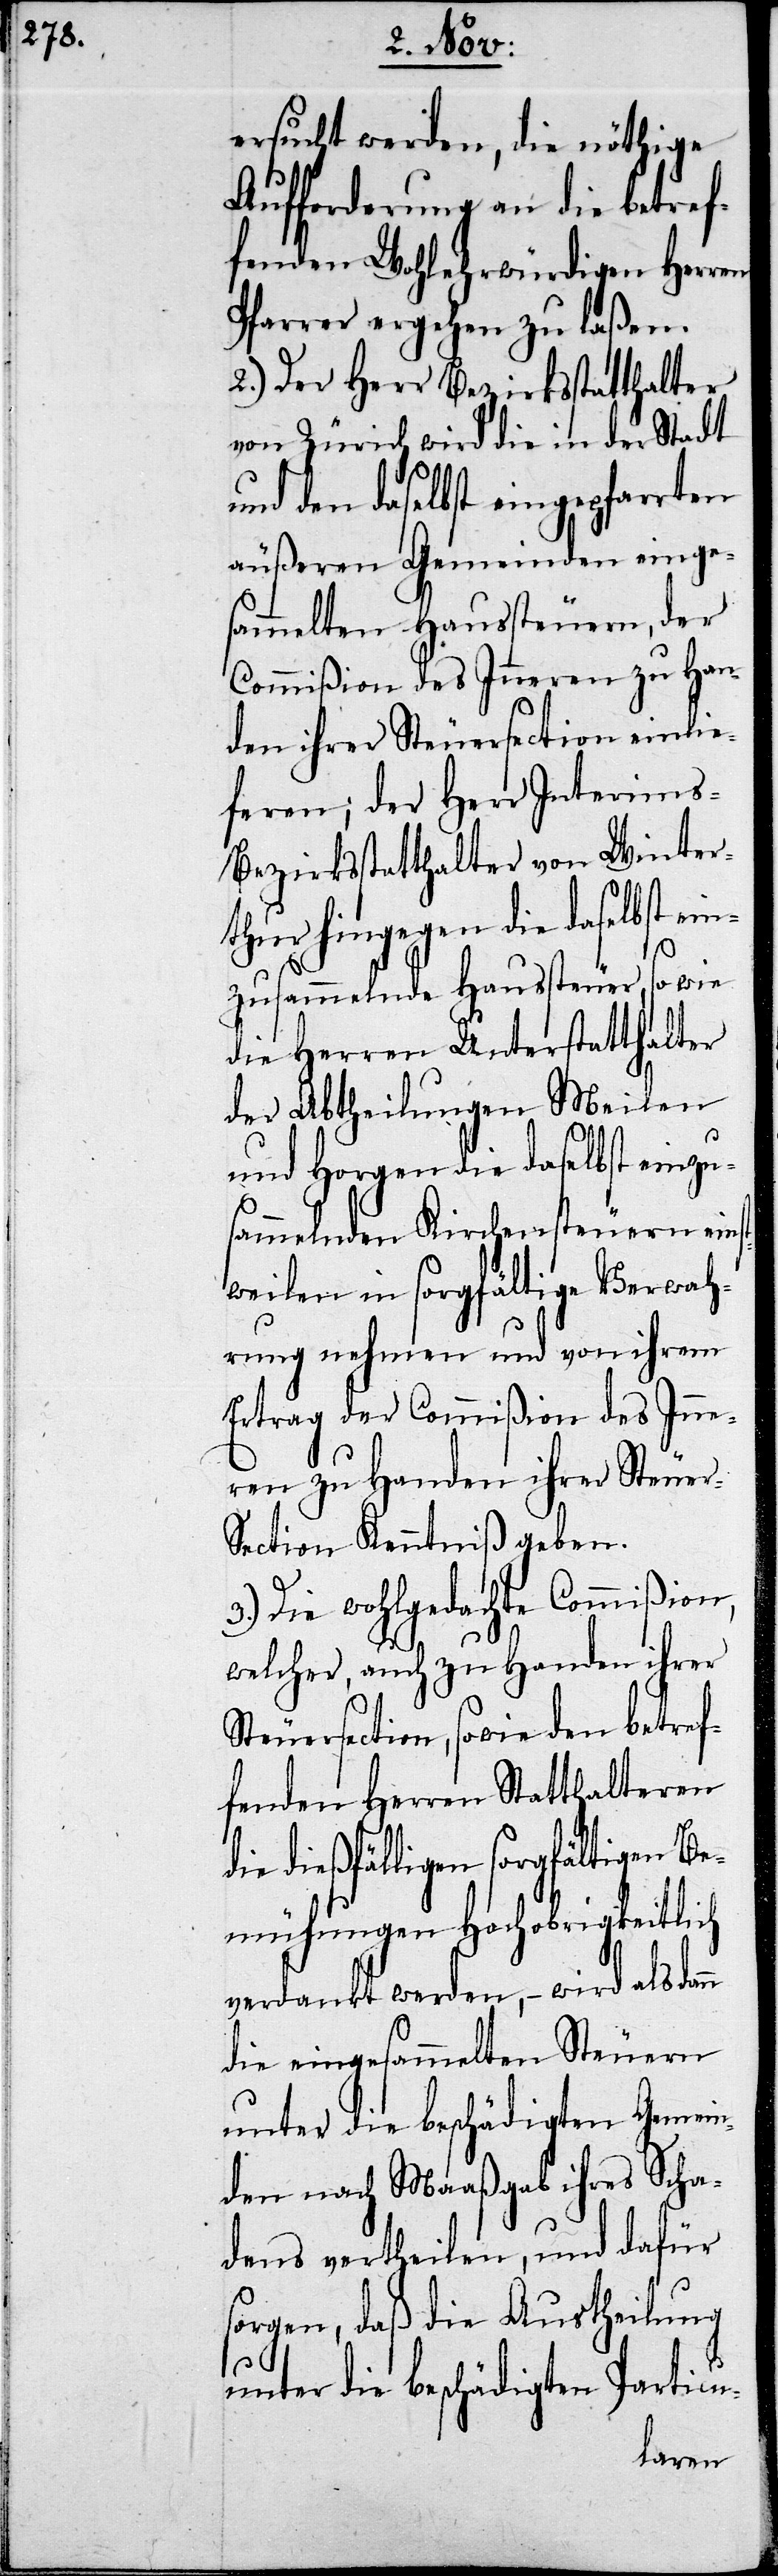
ersucht werden, die nöth¬
Aufforderung an die betre¬
fenden Wohlehrwürdigen
Pfarrer ergehen zu laßen.
2.) Der Herr Bezirksstatthalter
von Zürich wird die in der Stadt
und den daselbst eingepfarrten
äußeren Gemeinden einge¬
sammelten Haussteuern, der
Commißion des Inneren zu Han¬
den ihrer Steuersection einlie¬
feren; der Herr Interim¬
s-Bezirksstatthalter von Winter¬
thur hingegen die daselbst ein¬
zusammelnde Haussteuer, so wie
die Herren Unterstatthalter
der Abtheilungen Meilen
und Horgen die daselbst einzu¬
sammelnden Kirchensteuern eins¬
tweilen in sorgfältige Verwah¬
rung nehmen und von ihrem
Ertrag der Commißion des Inne¬
ren zu Handen ihrer Steue¬
ection Kenntniß geben.
3.) Die wohlgedachte Commißion,
welcher, auch zu Handen ihrer
Steuersection, sowie den betref¬
fenden Herren Statthalteren
dießfälligen sorgfältigen Be¬
mühungen Hochobrigkeitlich
verdankt werden, – wird alsda¬
die eingesammelten Steuern
unter die beschädigten Gemein¬
den nach Maaßgab ihres Scha¬
dens vertheilen, und dafür
sorgen, daß die Austheilung
unter die beschädigten Particu-
nn